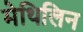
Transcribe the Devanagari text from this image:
मेथिलिन